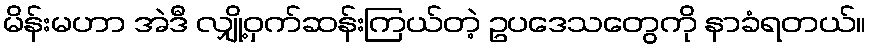
မိန်းမဟာ အဲဒီ လျှို့ဝှက်ဆန်းကြယ်တဲ့ ဥပဒေသတွေကို နာခံရတယ်။